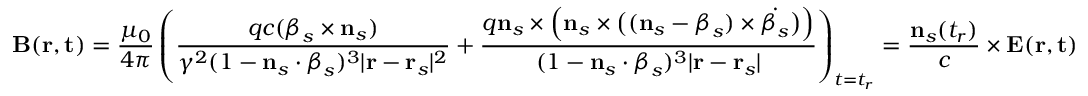
\mathbf { B } ( \mathbf { r } , \mathbf { t } ) = { \frac { \mu _ { 0 } } { 4 \pi } } \left( { \frac { q c ( { \boldsymbol { \beta } } _ { s } \times \mathbf { n } _ { s } ) } { \gamma ^ { 2 } ( 1 - \mathbf { n } _ { s } \cdot { \boldsymbol { \beta } } _ { s } ) ^ { 3 } | \mathbf { r } - \mathbf { r } _ { s } | ^ { 2 } } } + { \frac { q \mathbf { n } _ { s } \times { \Big ( } \mathbf { n } _ { s } \times { \big ( } ( \mathbf { n } _ { s } - { \boldsymbol { \beta } } _ { s } ) \times { \dot { { \boldsymbol { \beta } } _ { s } } } { \big ) } { \Big ) } } { ( 1 - \mathbf { n } _ { s } \cdot { \boldsymbol { \beta } } _ { s } ) ^ { 3 } | \mathbf { r } - \mathbf { r } _ { s } | } } \right) _ { t = t _ { r } } = { \frac { \mathbf { n } _ { s } ( t _ { r } ) } { c } } \times \mathbf { E } ( \mathbf { r } , \mathbf { t } )